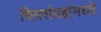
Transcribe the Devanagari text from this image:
चित्रसंग्रहांमध्ये